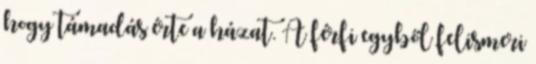
hogy támadás érte a házat. A férfi egyből felismeri